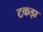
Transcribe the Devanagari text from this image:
टकड़ा